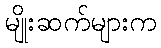
မျိုးဆက်များက